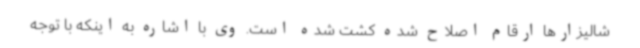
شالیزارها ارقام اصلاح شده کشت شده است. وی با اشاره به اینکه با توجه